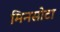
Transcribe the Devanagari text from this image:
मिनसोटा